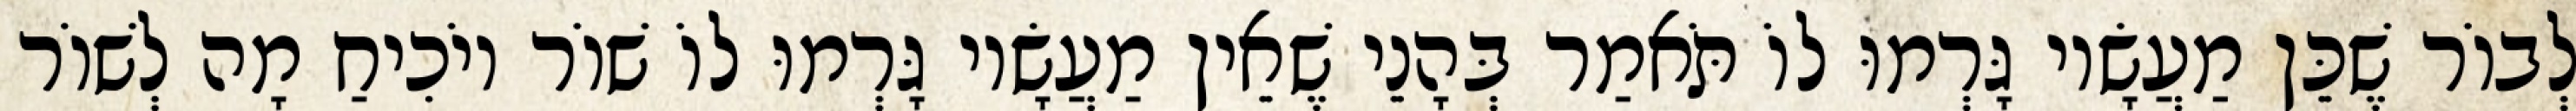
לְבוֹר שֶׁכֵּן מַעֲשָׂיו גָּרְמוּ לוֹ תֹּאמַר בְּהָנֵי שֶׁאֵין מַעֲשָׂיו גָּרְמוּ לוֹ שׁוֹר יוֹכִיחַ מָה לְשׁוֹר